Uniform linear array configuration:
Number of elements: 12
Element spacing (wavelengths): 0.25
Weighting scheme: blackman
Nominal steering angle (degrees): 15
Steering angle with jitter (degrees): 15.225
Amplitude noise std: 0.05
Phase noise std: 0.05

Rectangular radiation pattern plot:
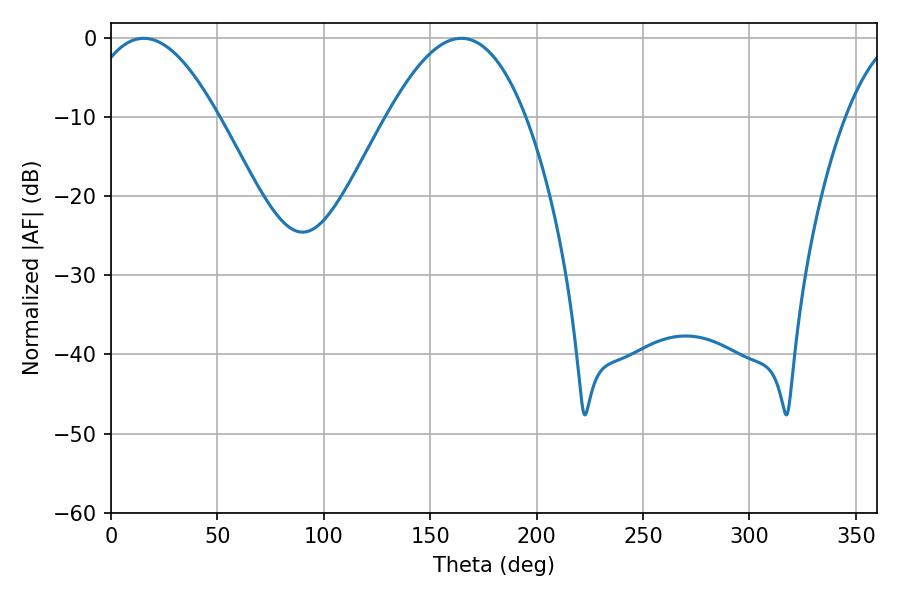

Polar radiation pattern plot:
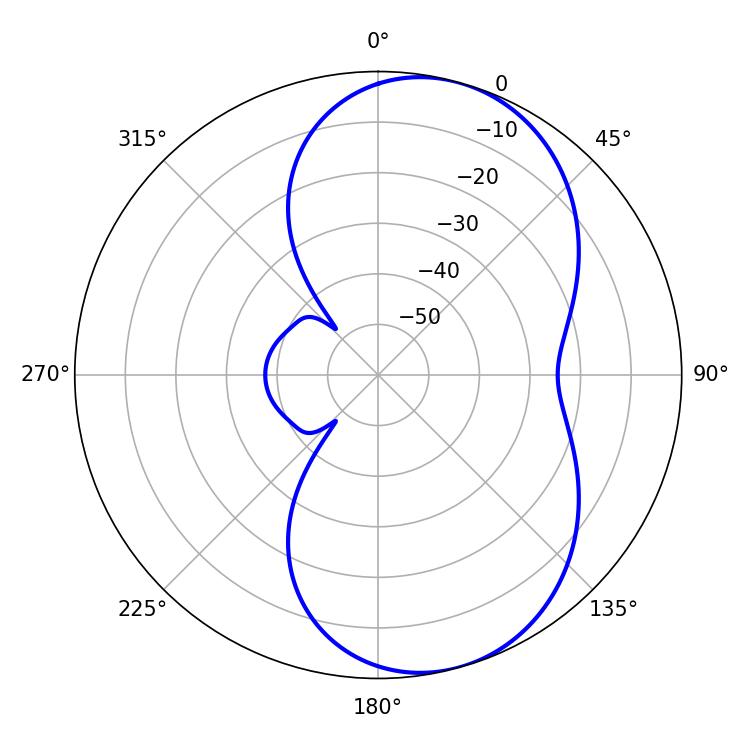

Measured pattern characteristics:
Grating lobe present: FALSE
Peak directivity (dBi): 7.17
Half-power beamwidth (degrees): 33.84
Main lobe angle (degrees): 15.3